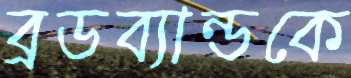
ব্রডব্যান্ডকে